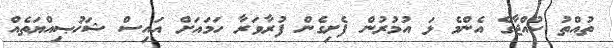
ތުއްތު ކުއްޖާގެ އެންމެ ޅަ އުމުރުން ފެށިގެން ފުރާވަރާ ހަމައަށް އައިސް ޝަޚުޞިއްޔަތެއް